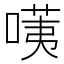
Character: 𠺹